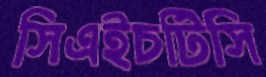
সিএইচটিসি